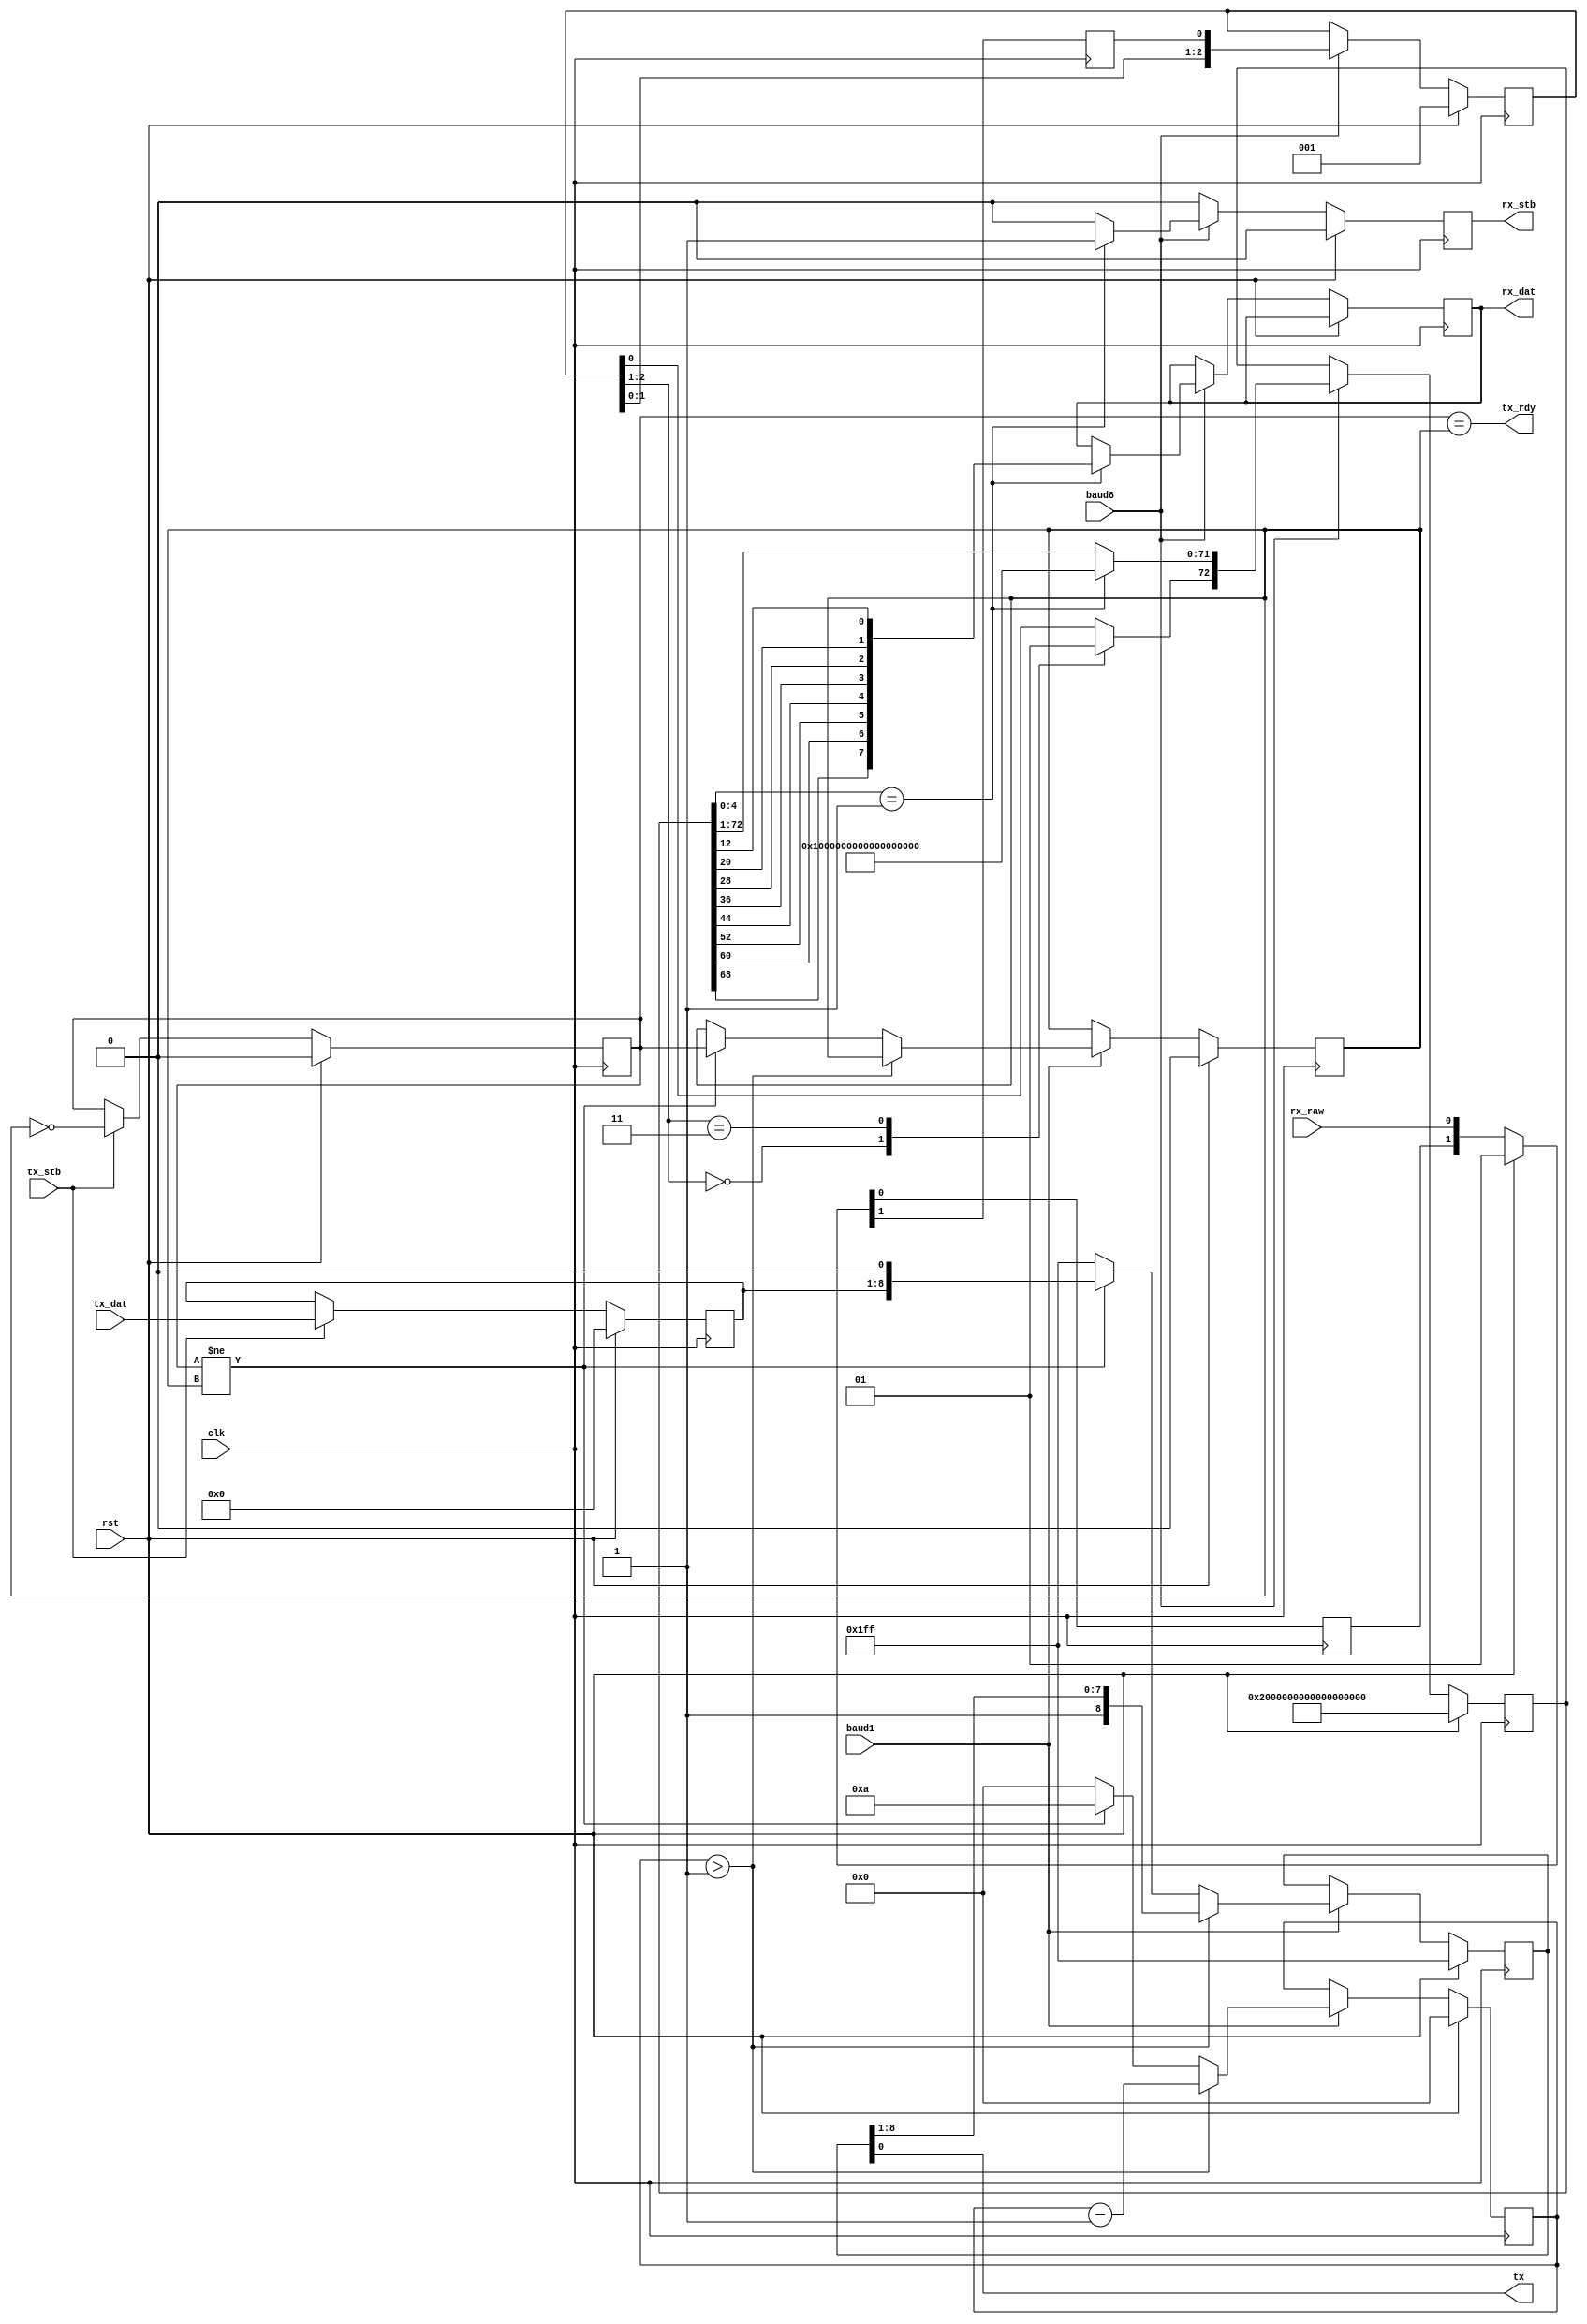
// Copyright (c) 2015-2016 Jeremy Dilatush
// All rights reserved.
//
// Redistribution and use in source and binary forms, with or without
// modification, are permitted provided that the following conditions
// are met:
// 1. Redistributions of source code must retain the above copyright
//    notice, this list of conditions and the following disclaimer.
// 2. Redistributions in binary form must reproduce the above copyright
//    notice, this list of conditions and the following disclaimer in the
//    documentation and/or other materials provided with the distribution.
//
// THIS SOFTWARE IS PROVIDED BY JEREMY DILATUSH AND CONTRIBUTORS
// ``AS IS'' AND ANY EXPRESS OR IMPLIED WARRANTIES, INCLUDING, BUT NOT LIMITED
// TO, THE IMPLIED WARRANTIES OF MERCHANTABILITY AND FITNESS FOR A PARTICULAR
// PURPOSE ARE DISCLAIMED.  IN NO EVENT SHALL JEREMY DILATUSH OR CONTRIBUTORS
// BE LIABLE FOR ANY DIRECT, INDIRECT, INCIDENTAL, SPECIAL, EXEMPLARY, OR
// CONSEQUENTIAL DAMAGES (INCLUDING, BUT NOT LIMITED TO, PROCUREMENT OF
// SUBSTITUTE GOODS OR SERVICES; LOSS OF USE, DATA, OR PROFITS; OR BUSINESS
// INTERRUPTION) HOWEVER CAUSED AND ON ANY THEORY OF LIABILITY, WHETHER IN
// CONTRACT, STRICT LIABILITY, OR TORT (INCLUDING NEGLIGENCE OR OTHERWISE)
// ARISING IN ANY WAY OUT OF THE USE OF THIS SOFTWARE, EVEN IF ADVISED OF THE
// POSSIBILITY OF SUCH DAMAGE.

// serial_port.v
// May 2016 based on work done in 2015
// Asynchronous serial port.  Meant to do a single baud rate (controlled
// externally) in 8n1 and to provide byte values to external logic.

module serial_port(
    // general system interface shared with everything
    input clk, // system clock: rising edge active
    input rst, // system reset: active-high synchronous

    // device specific interface (to go off chip)
    input rx_raw, // raw RX line within the serial port
    output tx, // raw TX line within the serial port

    // timing controls
    input baud1, // a single clock cycle pulse at the baud rate
    input baud8, // similar but at 8x that rate

    // RX side single-byte FIFO
    output reg [7:0] rx_dat = 8'd0, // the data
    output reg rx_stb = 1'd0, // will pulse when rx_dat is valid & has new data

    // TX side single-byte FIFO
    input [7:0] tx_dat, // the data
    input tx_stb, // pulse when tx_dat is valid & has new data
    output tx_rdy // will be high when all data has been transmitted
);

    // External interface to 1 byte TX FIFO.  (The RX FIFO's interface
    // is simpler and fits into the RX logic below.)
    reg [7:0]txf_data = 8'd0; // the byte data
    reg [1:0]txf_sema = 2'd0; // these bits are != if there's a byte in there
    assign tx_rdy = txf_sema[0] == txf_sema[1];
    always @(posedge clk)
        if (rst) begin
            txf_data <= 8'd0;
            txf_sema[0] <= 1'b0;
        end else begin
            if (tx_stb) begin
                // a new byte to TX
                txf_sema[0] <= ~txf_sema[1];
                txf_data <= tx_dat;
            end
        end

    // Transmit data.
    // Transmitted from a shift register in the following order:
    //      + start bit (0)
    //      + data bits from least-order
    //      + parity bit if any
    //      + stop bit(s) (1, same as idle)
    // Signals:
    //      txsr - shift register for transmit, shifts left to right
    //      txctr - counts bits left to transmit from txsr
    //      txempty - indicates 'txsr' is empty
    reg [8:0] txsr = 9'd511;
    reg [3:0] txctr = 4'd0;
    wire txempty = ~|txctr;
    always @(posedge clk)
        if (rst) begin
            // On reset: txsr will be empty & so will the FIFO.
            txsr <= 9'd511;
            txctr <= 4'd0;
            txf_sema[1] <= 1'b0;
        end else if (baud1) begin
            // Time to transmit another bit.  From txsr if empty, otherwise
            // from the FIFO.  If there aren't other bits we'll just
            // transmit '1' until we get some.
            if (txctr > 4'd1) begin
                // txsr contains more than one bit; shift one out & transmit
                // the next
                txsr <= { 1'b1, txsr[8:1] };
                txctr <= txctr - 4'd1;
            end else if (txf_sema[0] != txf_sema[1]) begin
                // Take a new byte off the FIFO, because txsr has become
                // empty (if it wasn't already).
                txsr <= { 
                    // Stop bit(s) are left out of txsr, since they're
                    // the same as idle.
                    txf_data, // data byte (8 bits)
                    1'd0 // start bit
                };
                txctr <= 4'd10;  // 1 start, 8 data, 1 stop
                txf_sema[1] <= txf_sema[0];
            end else begin
                // the shift register and FIFO are empty
                txsr <= 9'd511;
                txctr <= 4'd0;
            end
        end

    assign tx = txsr[0];

    // RX is more complicated than TX, because of oversampling and detecting
    // the start of a byte.

    // Start out by synchronizing the rx signal to our clock.
    reg rx_sync = 1'b1, rx = 1'b1;
    always @(posedge clk)
        if (rst)
            { rx, rx_sync } <= 2'b1;
        else
            { rx, rx_sync } <= { rx_sync, rx_raw };

    // Follow that by sampling at 8x the baud rate, and taking the
    // average of three adjacent samples.
    reg [2:0]rx_sample = 3'd1;
    always @(posedge clk)
        if (rst)
            rx_sample <= 3'd1;
        else if (baud8)
            rx_sample <= { rx_sample[1:0], rx };
    reg rx_avg;
    always @*
        casex (rx_sample)
        3'b00x: rx_avg <= 1'b0;
        3'b11x: rx_avg <= 1'b1;
        default: rx_avg <= rx_sample[0];
        endcase

    // Now pull that into a shift register that holds all the samples
    // we'll need to receive a byte.  It shifts from left to right (so
    // rxsr[0] is the earliest) and looks as follows when a byte has
    // been received:
    //      rxsr[0] - before the start bit: 1
    //      rxsr[8:1] - start bit: 0; value taken at rxsr[4]
    //      rxsr[16:9] - least-order data bit
    //          ...
    //      rxsr[72:65] - greatest-order data bit
    // If we have parity or 7-bit data that will change of course.
    // We don't check for the stop bits, except for the single sample
    // that comes right before the next start bit.
    reg [72:0]rxsr = { 73{1'b1} };
    always @(posedge clk)
        if (rst) begin
            rxsr <= { 73{1'b1} };
            rx_stb <= 1'd0;
        end else begin
            rx_stb <= 1'd0;
            if (baud8) begin
                if (rxsr[4:0] == 5'd1) begin
                    // a byte has been received
                    rx_dat <= {
                        rxsr[68], rxsr[60], rxsr[52], rxsr[44],
                        rxsr[36], rxsr[28], rxsr[20], rxsr[12]
                    };
                    rx_stb <= 1'd1;
                    rxsr <= { rx_avg, { 72{1'b1} } };
                end else begin
                    // just another sample
                    rxsr <= { rx_avg, rxsr[72:1] };
                end
            end
        end
        
endmodule